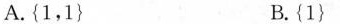
A.\{1，1\} B.\{1\}